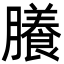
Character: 䑆